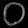
Digit: ၀